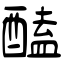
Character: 醘